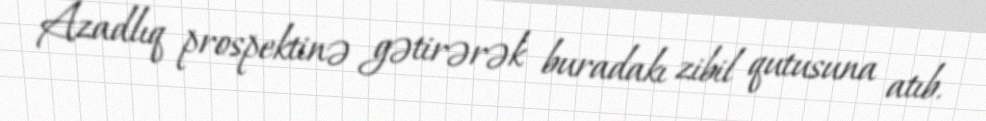
Azadlıq prospektinə gətirərək buradakı zibil qutusuna atıb.